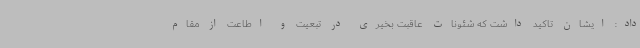
داد: ایشان تاکید داشت که شئونات عاقبت بخیری در تبعیت و اطاعت از مقام